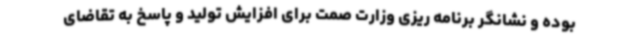
بوده و نشانگر برنامه ریزی وزارت صمت برای افزایش تولید و پاسخ به تقاضای